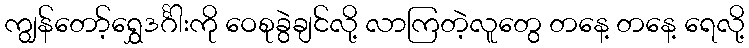
ကျွန်တော့်ရွှေဒင်္ဂါးကို ဝေစုခွဲချင်လို့ လာကြတဲ့လူတွေ တနေ့ တနေ့ ရေလို့